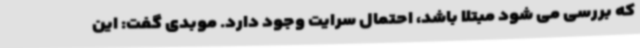
که بررسی می شود مبتلا باشد، احتمال سرایت وجود دارد. موبدی گفت: این